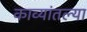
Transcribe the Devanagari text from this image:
काव्यांतल्या